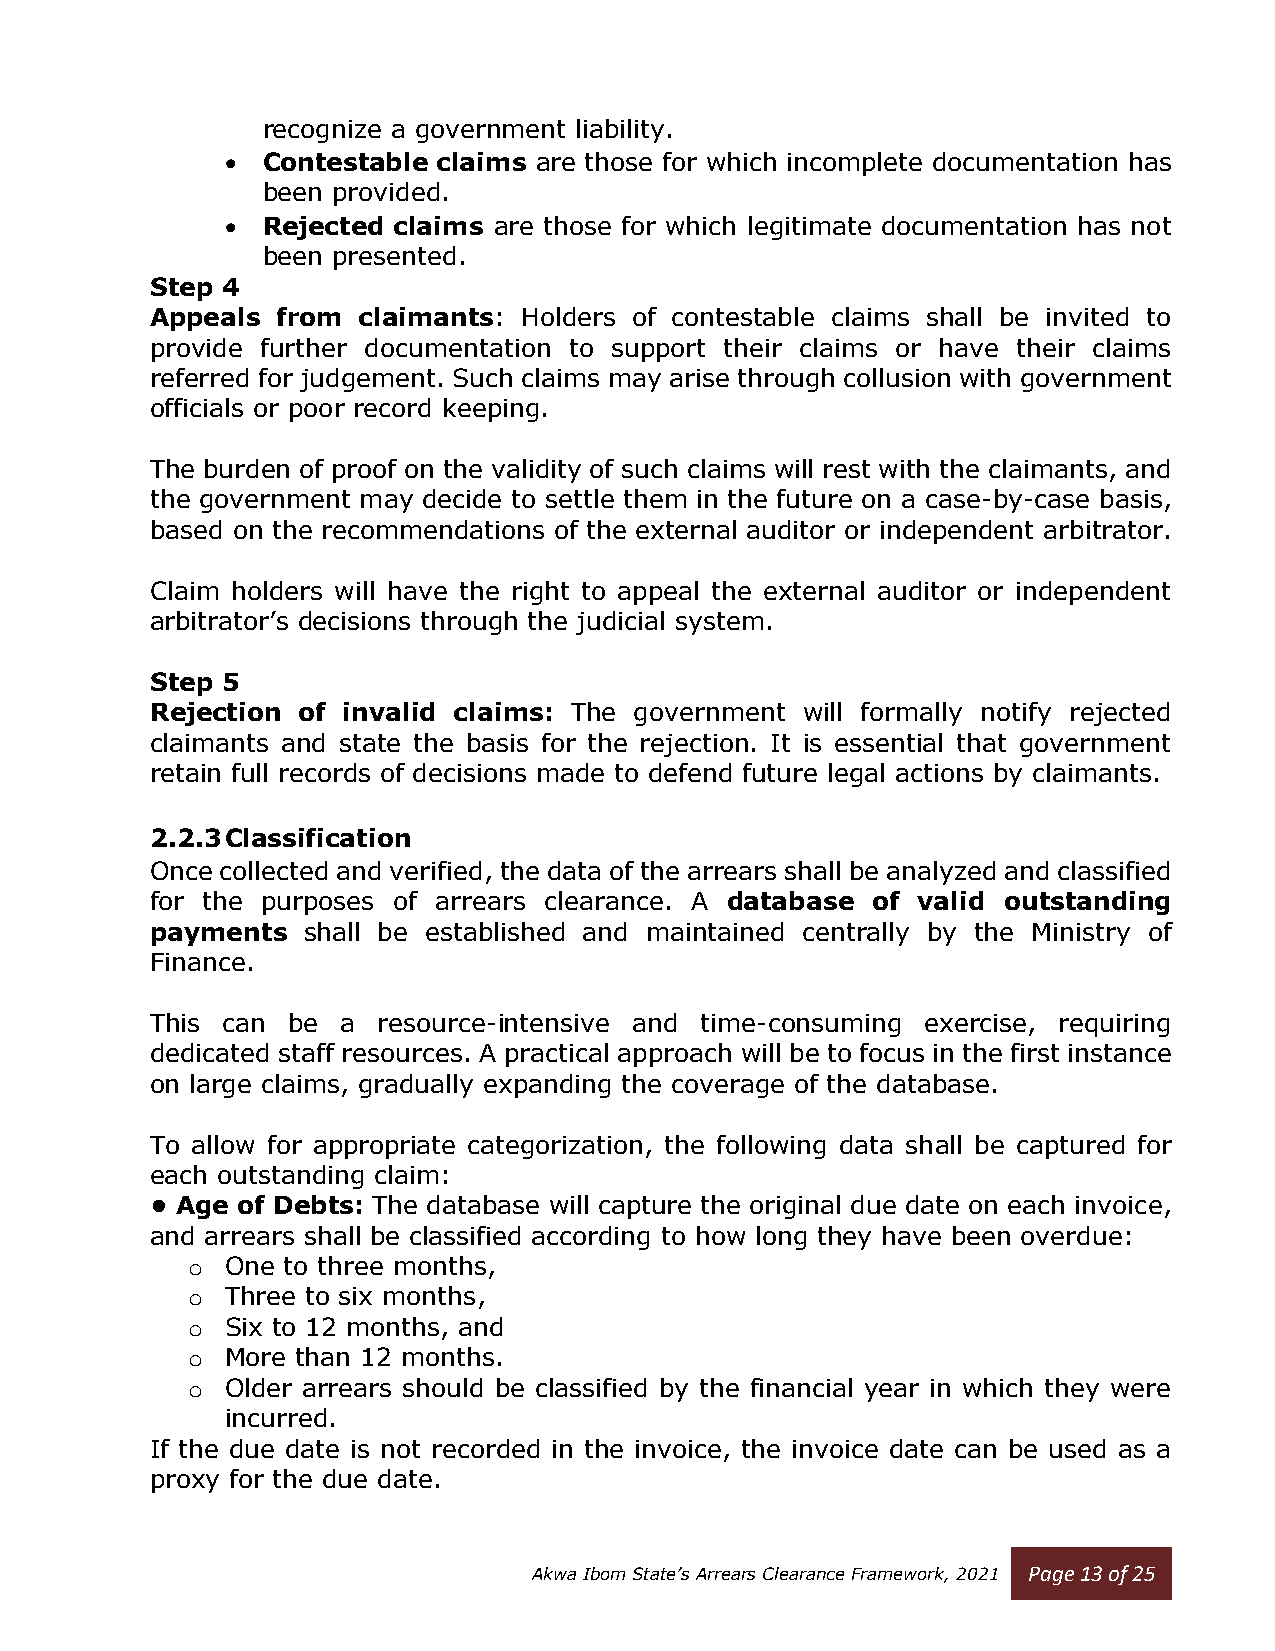
recognize a government liability.
 • Contestable claims are those for which incomplete documentation has
 been provided.
 • Rejected claims are those for which legitimate documentation has not
 been presented.
 Step 4
 Appeals from  claimants: Holders of contestable claims shall be invited to
 provide further documentation to support their claims or have their claims
 referred for judgement. Such claims may arise through collusion with government
 officials or poor record keeping.
 The burden of proof on the validity of such claims will rest with the claimants, and
 the government may decide to settle them in the future on a case-by-case basis,
 based on the recommendations of the external auditor or independent arbitrator.
 Claim holders will have the right to appeal the external auditor or independent
 arbitrator’s decisions through the judicial system.
 Step 5
 Rejection of invalid claims: The government will formally notify rejected
 claimants and state the basis for the rejection. It is essential that government
 retain full records of decisions made to defend future legal actions by claimants.
 2.2.3 Classification
 Once collected and verified, the data of the arrears shall be analyzed and classified
 for the purposes of arrears clearance. A database of valid outstanding
 payments  shall be established and maintained centrally by the Ministry of
 Finance.
 This can be  a resource-intensive and time-consuming exercise, requiring
 dedicated staff resources. A practical approach will be to focus in the first instance
 on large claims, gradually expanding the coverage of the database.
 To allow for appropriate categorization, the following data shall be captured for
 each outstanding claim:
 • Age of Debts: The database will capture the original due date on each invoice,
 and arrears shall be classified according to how long they have been overdue:
 o  One to three months,
 o  Three to six months,
 o  Six to 12 months, and
 o  More than 12 months.
 o  Older arrears should be classified by the financial year in which they were
 incurred.
 If the due date is not recorded in the invoice, the invoice date can be used as a
 proxy for the due date.
 Akwa Ibom State’s Arrears Clearance Framework, 2021 Page 13 of 25